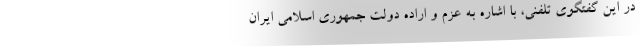
در این گفتگوی تلفنی، با اشاره به عزم و اراده دولت جمهوری اسلامی ایران